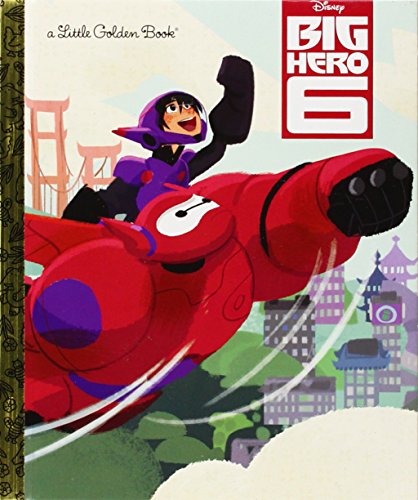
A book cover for Big Hero 6 (Disney Big Hero 6) (Little Golden Book); RH Disney; Children's Books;